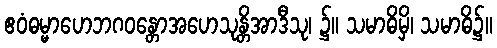
ဧဝံဓမ္မာဟေဘဂဝန္တောအဟေသုန္တိအာဒီသု၊ ၌။ သမာဓိမှိ၊ သမာဓိ၌။